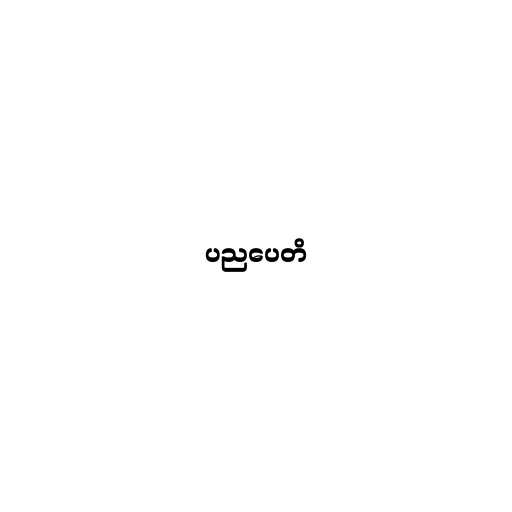
ပညပေတိ